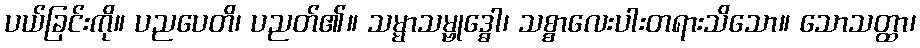
ပယ်ခြင်းကို။ ပညပေတိ၊ ပညတ်၏။ သမ္မာသမ္ဗုဒ္ဓေါ၊ သစ္စာလေးပါးတရားသိသော။ သောသတ္ထာ၊